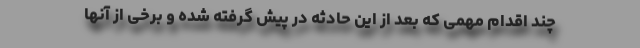
چند اقدام مهمی که بعد از این حادثه در پیش گرفته شده و برخی از آنها